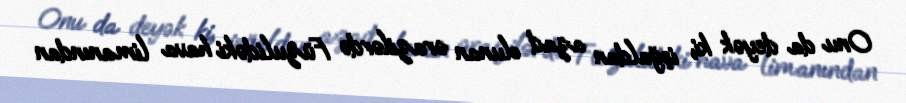
Onu da deyək ki, işğaldan azad olunan ərazilərdə Füzulidəki hava limanından